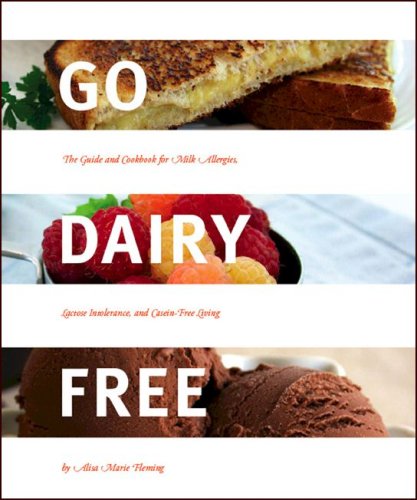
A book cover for Go Dairy Free: The Guide and Cookbook for Milk Allergies, Lactose Intolerance, and Casein-Free Living; Alisa Marie Fleming; Cookbooks, Food & Wine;